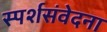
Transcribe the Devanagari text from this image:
स्पर्शसंवेदना